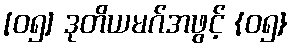
[၀၅] ဒုတိယမဂ်အဖွင့် {၀၅}